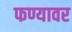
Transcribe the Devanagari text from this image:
फण्यावर